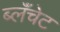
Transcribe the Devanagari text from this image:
ब्लॅंचेट